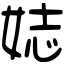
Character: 娡